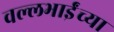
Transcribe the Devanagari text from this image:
वल्लभाईंच्या